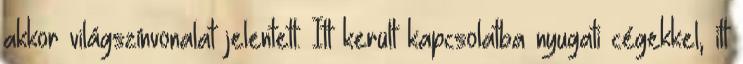
akkor világszínvonalat jelentett. Itt került kapcsolatba nyugati cégekkel, itt